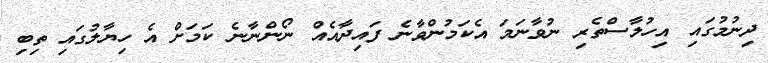
ދިނުމުގައި އިހުލާސްތެރި ނުވާނަމަ އެކަމުންވާނެ ފައިދާއެއް ނޯންނާނެ ކަމަށް އެ ހިޔާލުގައި ތިބި